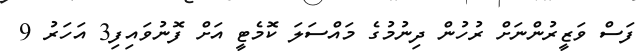
ފަސް ވަޒީރުންނަށް ރުހުން ދިނުމުގެ މައްސަލަ ކޮމެޓީ އަށް ފޮނުވައިފި3 އަހަރު 9